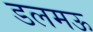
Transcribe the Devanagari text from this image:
डलमऊ